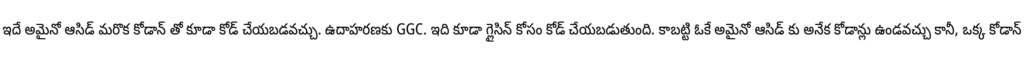
ఇదే అమైనో ఆసిడ్ మరొక కోడాన్ తో కూడా కోడ్ చేయబడవచ్చు. ఉదాహరణకు GGC. ఇది కూడా గ్లైసిన్ కోసం కోడ్ చేయబడుతుంది. కాబట్టి ఓకే అమైనో ఆసిడ్ కు అనేక కోడాన్లు ఉండవచ్చు కానీ, ఒక్క కోడాన్